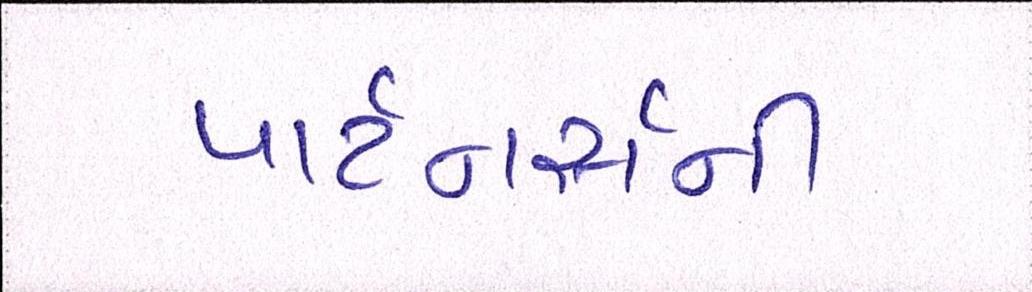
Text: પાર્ટનર્સની